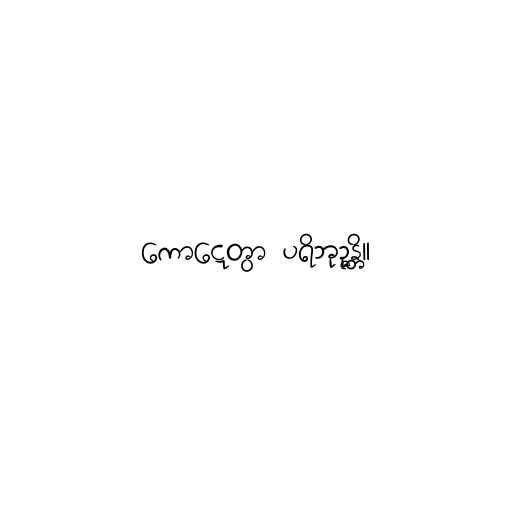
ကောဋ္ဋေတွာ ပရိဘုဉ္ဇန္တိ။